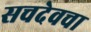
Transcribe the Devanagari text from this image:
सचदेवचा